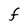
Character: F